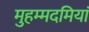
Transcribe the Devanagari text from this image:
मुहम्मदमियां